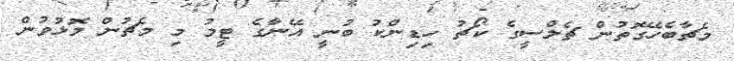
މެޗާބެހޭގޮތުން ޗެލްސީގެ ކޯޗު ހިޑިންކު ބުނީ އޭނާގެ ޓީމު މި މެޗުން މޮޅުވުން